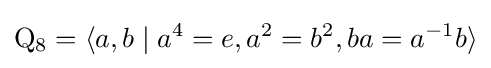
\mathrm {Q} _{8}=\langle a,b\mid a^{4}=e,a^{2}=b^{2},ba=a^{-1}b\rangle